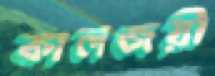
কালজয়ী